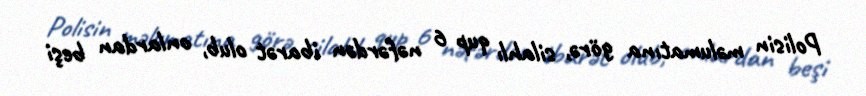
Polisin məlumatına görə, silahlı qup 6 nəfərdən ibarət olub, onlardan beşi